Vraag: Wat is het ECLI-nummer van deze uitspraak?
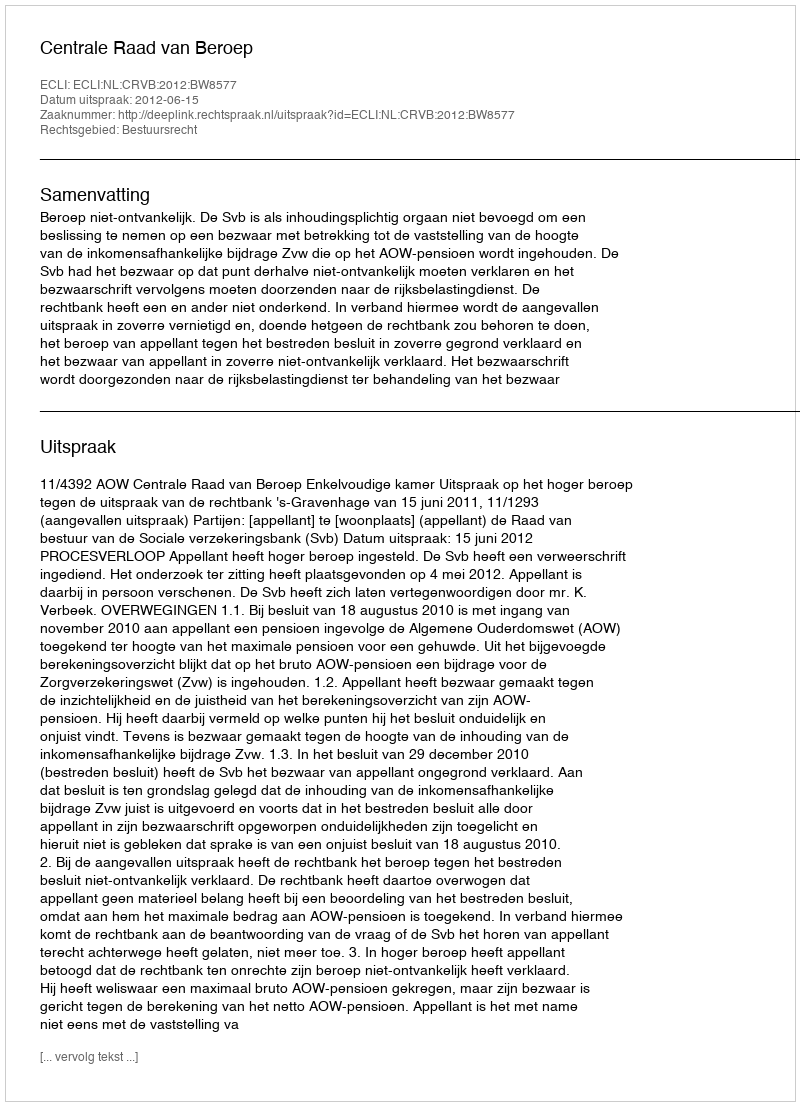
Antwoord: ECLI:NL:CRVB:2012:BW8577